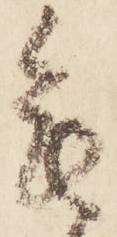
畏